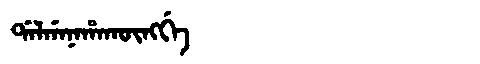
Manchu: ᡩᠠᠯᡤᠠᠨᠠᡥᠠᡴᡡᠩᡤᡝ
Romanization: DALGANAHAKŪNGGE